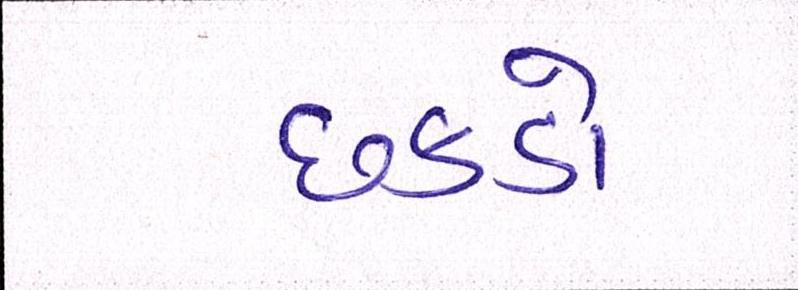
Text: છકડો